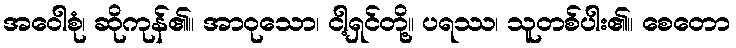
အဝေါစုံ၊ ဆိုကုန်၏။ အာဝုသော၊ ငါ့ရှင်တို့။ ပရဿ၊ သူတစ်ပါး၏။ စေတော